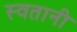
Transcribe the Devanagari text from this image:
स्वतानी